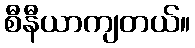
စီနီယာကျတယ်။